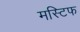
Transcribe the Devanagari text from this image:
मस्टिफ